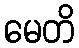
မေတိ